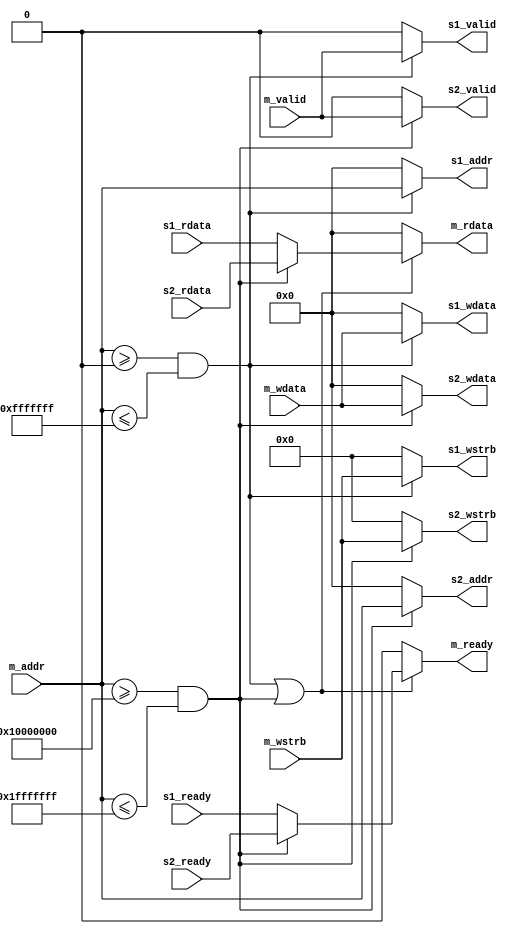
module bus1to2#(
    parameter S1_ADDR_BEGIN=32'h0000_0000,
    parameter S1_ADDR_END  =32'h0fff_ffff,
    parameter S2_ADDR_BEGIN=32'h1000_0000,
    parameter S2_ADDR_END  =32'h1fff_ffff
)(
    input  m_valid,
    output m_ready,
    input  [31:0] m_addr,
    output [31:0] m_rdata,
    input  [31:0] m_wdata,
    input  [ 3:0] m_wstrb,

    output s1_valid,
    input  s1_ready,
    output [31:0] s1_addr,
    input  [31:0] s1_rdata,
    output [31:0] s1_wdata,
    output [ 3:0] s1_wstrb,

    output s2_valid,
    input  s2_ready,
    output [31:0] s2_addr,
    input  [31:0] s2_rdata,
    output [31:0] s2_wdata,
    output [ 3:0] s2_wstrb
);

    wire s1, s2;
    assign s1 = (m_addr >= S1_ADDR_BEGIN) & (m_addr <= S1_ADDR_END);
    assign s2 = (m_addr >= S2_ADDR_BEGIN) & (m_addr <= S2_ADDR_END);

    assign s1_valid = s1 ? m_valid : 1'b0;
    assign s1_addr  = s1 ? m_addr  : 32'd0;
    assign s1_wdata = s1 ? m_wdata : 32'd0;
    assign s1_wstrb = s1 ? m_wstrb : 4'd0;

    assign s2_valid = s2 ? m_valid : 1'b0;
    assign s2_addr  = s2 ? m_addr  : 32'd0;
    assign s2_wdata = s2 ? m_wdata : 32'd0;
    assign s2_wstrb = s2 ? m_wstrb : 4'd0;

    assign m_ready = (s1 | s2) ? (s2 ? s2_ready : s1_ready) : 1'b0;
    assign m_rdata = (s1 | s2) ? (s2 ? s2_rdata : s1_rdata) : 32'd0;

endmodule